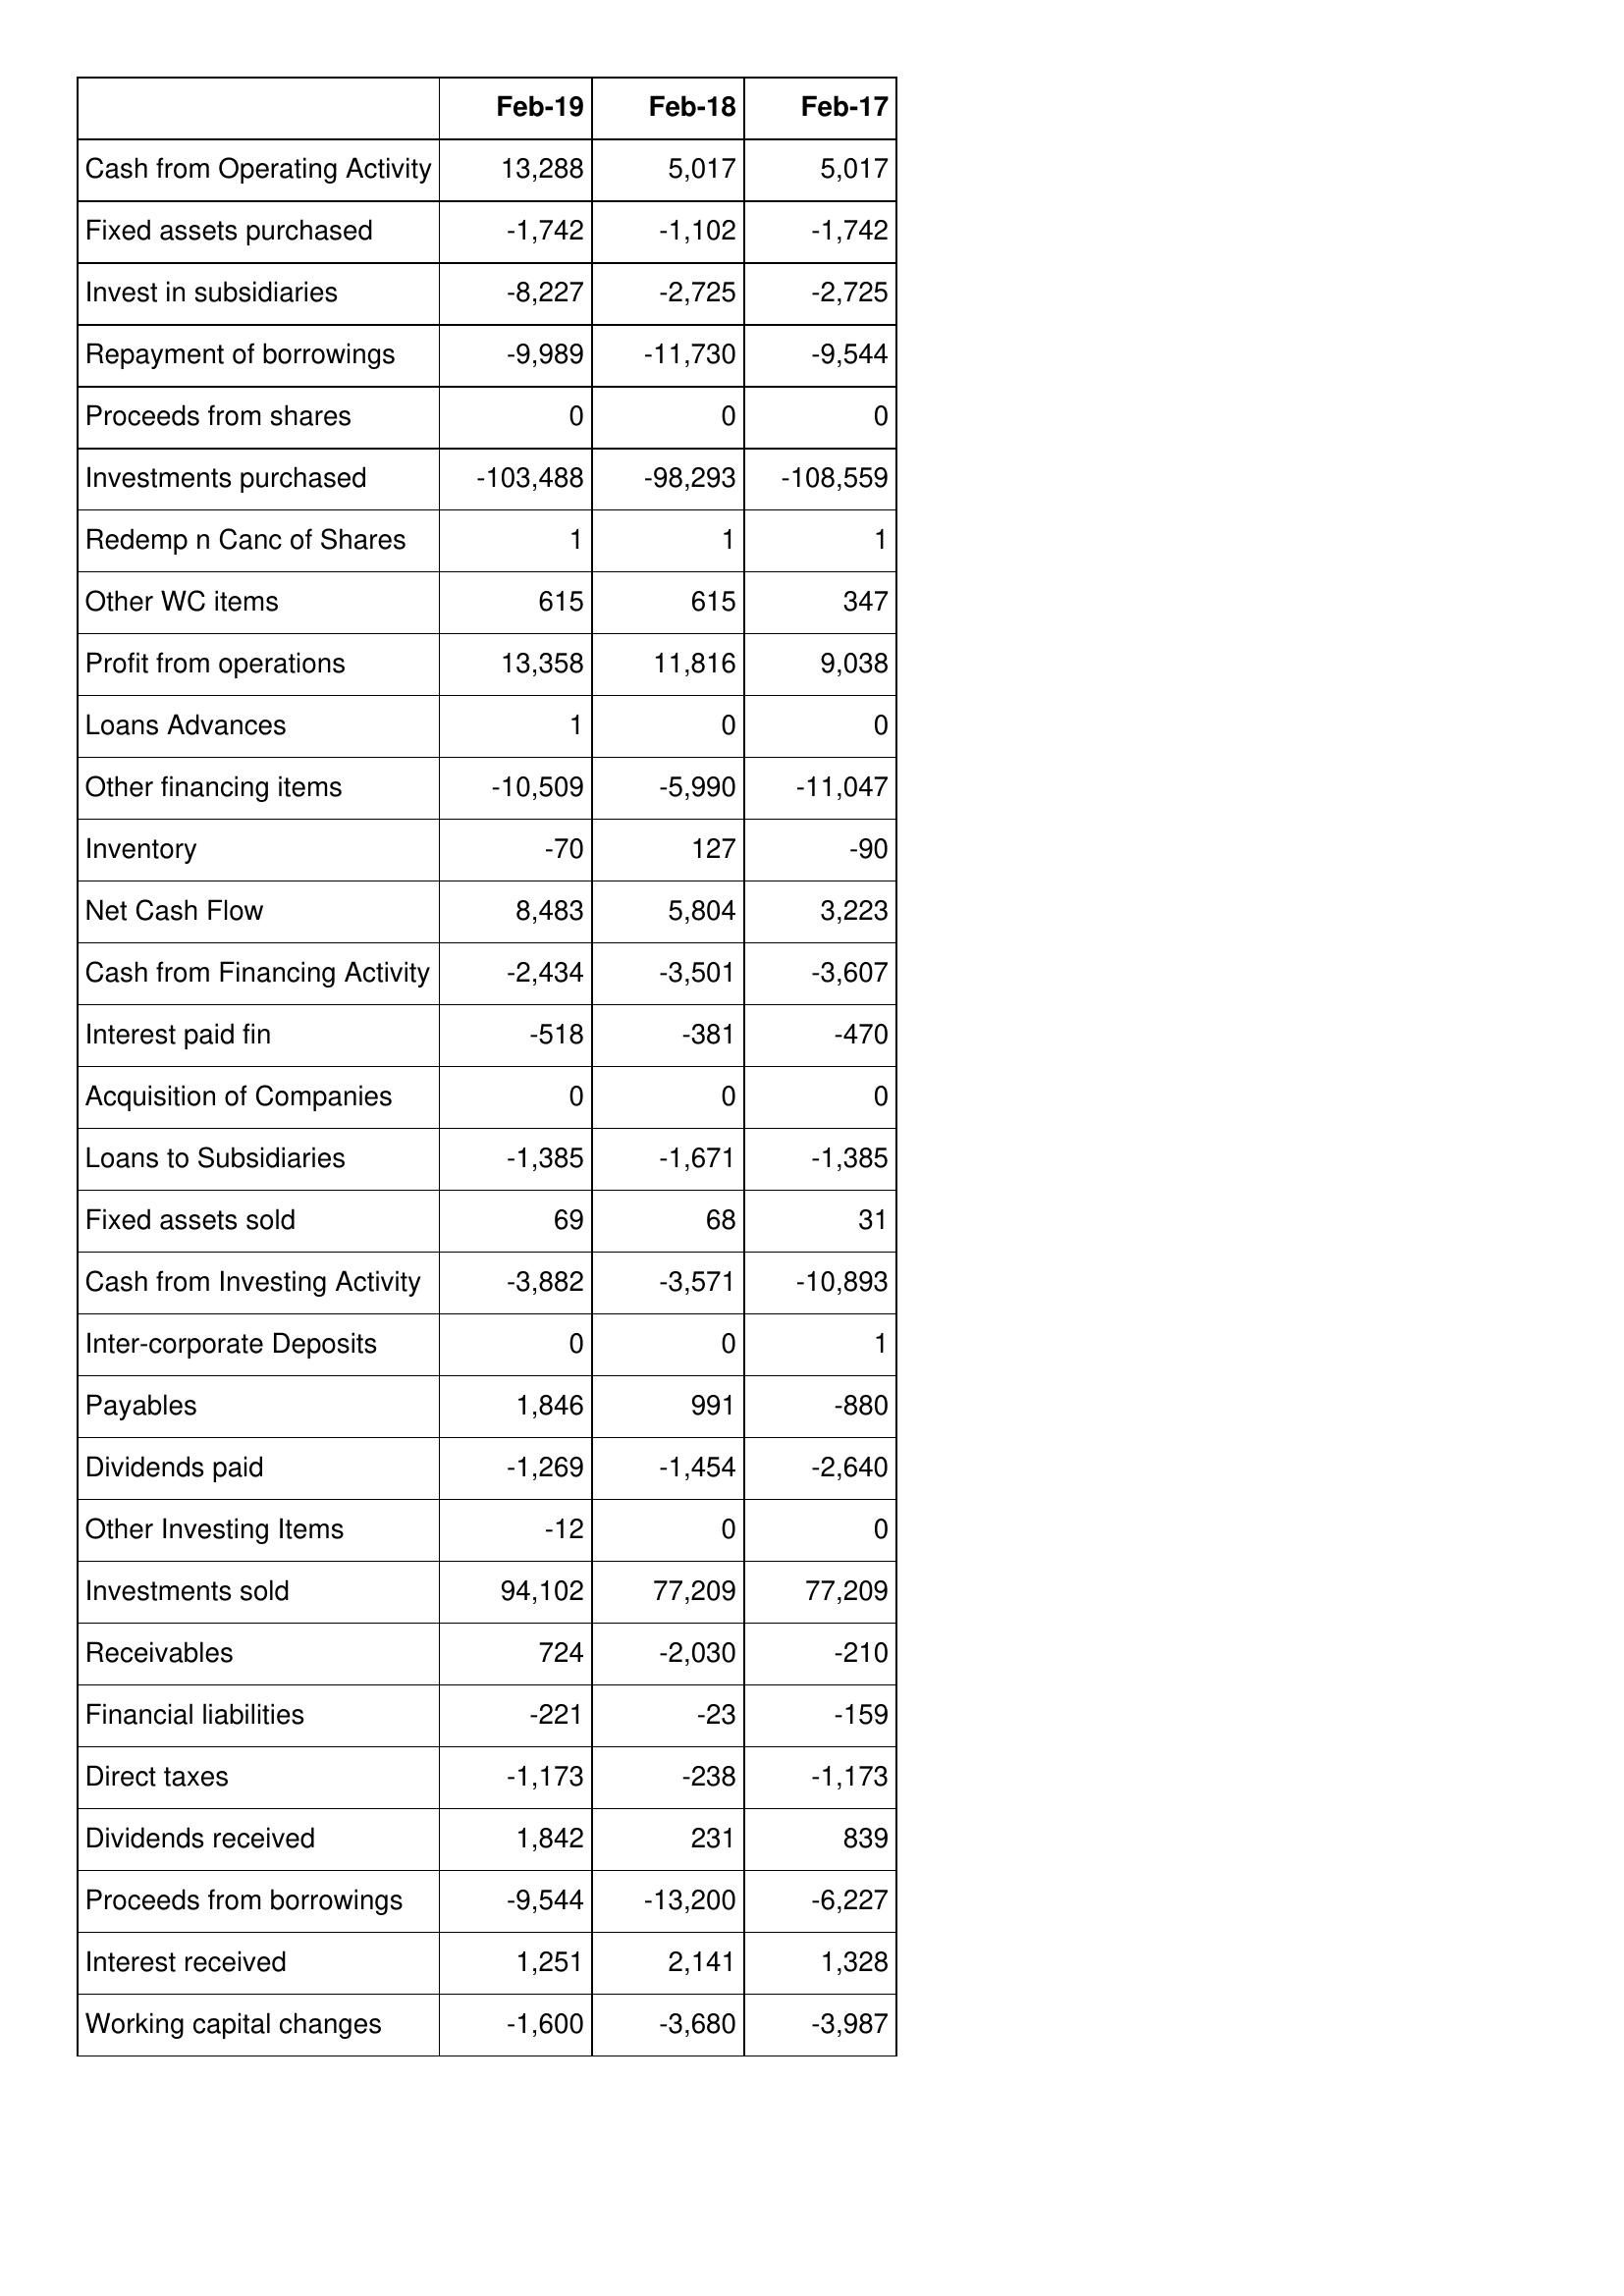
Feb-19: Cash Flows: Cash from Operating Activity: 13,288
Fixed assets purchased: -1,742
Invest in subsidiaries: -8,227
Repayment of borrowings: -9,989
Proceeds from shares: 0
Investments purchased: -103,488
Redemp n Canc of Shares: 1
Other WC items: 615
Profit from operations: 13,358
Loans Advances: 1
Other financing items: -10,509
Inventory: -70
Net Cash Flow: 8,483
Cash from Financing Activity: -2,434
Interest paid fin: -518
Acquisition of Companies: 0
Loans to Subsidiaries: -1,385
Fixed assets sold: 69
Cash from Investing Activity: -3,882
Inter-corporate Deposits: 0
Payables: 1,846
Dividends paid: -1,269
Other Investing Items: -12
Investments sold: 94,102
Receivables: 724
Financial liabilities: -221
Direct taxes: -1,173
Dividends received: 1,842
Proceeds from borrowings: -9,544
Interest received: 1,251
Working capital changes: -1,600
Feb-18: Cash Flows: Cash from Operating Activity: 5,017
Fixed assets purchased: -1,102
Invest in subsidiaries: -2,725
Repayment of borrowings: -11,730
Proceeds from shares: 0
Investments purchased: -98,293
Redemp n Canc of Shares: 1
Other WC items: 615
Profit from operations: 11,816
Loans Advances: 0
Other financing items: -5,990
Inventory: 127
Net Cash Flow: 5,804
Cash from Financing Activity: -3,501
Interest paid fin: -381
Acquisition of Companies: 0
Loans to Subsidiaries: -1,671
Fixed assets sold: 68
Cash from Investing Activity: -3,571
Inter-corporate Deposits: 0
Payables: 991
Dividends paid: -1,454
Other Investing Items: 0
Investments sold: 77,209
Receivables: -2,030
Financial liabilities: -23
Direct taxes: -238
Dividends received: 231
Proceeds from borrowings: -13,200
Interest received: 2,141
Working capital changes: -3,680
Feb-17: Cash Flows: Cash from Operating Activity: 5,017
Fixed assets purchased: -1,742
Invest in subsidiaries: -2,725
Repayment of borrowings: -9,544
Proceeds from shares: 0
Investments purchased: -108,559
Redemp n Canc of Shares: 1
Other WC items: 347
Profit from operations: 9,038
Loans Advances: 0
Other financing items: -11,047
Inventory: -90
Net Cash Flow: 3,223
Cash from Financing Activity: -3,607
Interest paid fin: -470
Acquisition of Companies: 0
Loans to Subsidiaries: -1,385
Fixed assets sold: 31
Cash from Investing Activity: -10,893
Inter-corporate Deposits: 1
Payables: -880
Dividends paid: -2,640
Other Investing Items: 0
Investments sold: 77,209
Receivables: -210
Financial liabilities: -159
Direct taxes: -1,173
Dividends received: 839
Proceeds from borrowings: -6,227
Interest received: 1,328
Working capital changes: -3,987